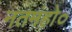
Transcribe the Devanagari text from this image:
नतमंहो०